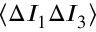
\langle \Delta I _ { 1 } \Delta I _ { 3 } \rangle